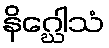
နိဂ္ဃေါသံ